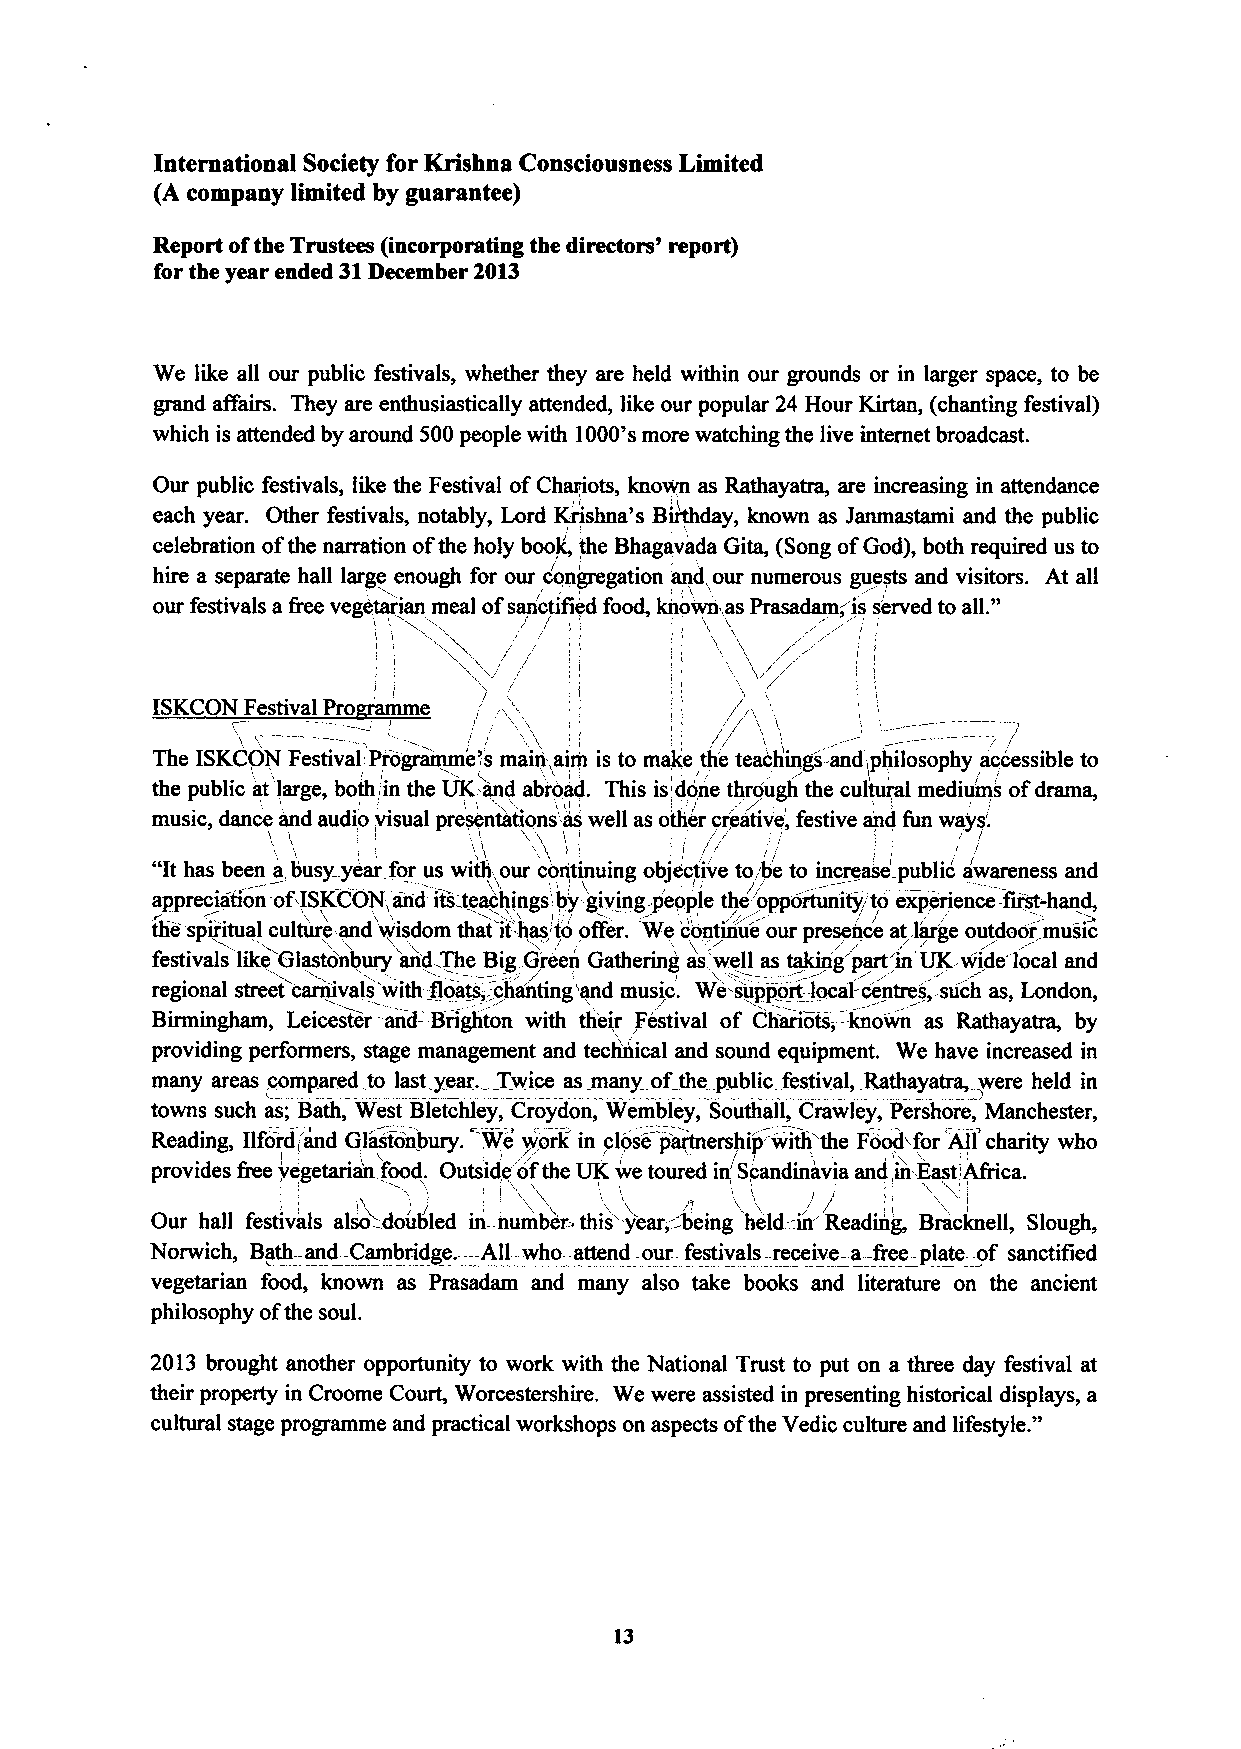
International Society for Krishna Consciousness Limited
 (A company limited by guarantee)
 Report ofthe Trustees (incorporating the directors' report)
 for the year ended 31December 2013
 We like all our public festivals, whether they are held within our grounds or in larger space, to be
 grand affairs. They are enthusiastically attended, like our popular 24 Hour Kirtan, (chanting festival)
 which is attended by around 500people with 1000'smore watching the live internet broadcast.
 Our public festivals, like the Festival ofChariots, known as Rathayatra, are increasing in attendance
 II
 each year. Other festivals, notably, Lord Krishna's Birthday, known as Janmastami and the public
 celebration ofthe narration ofthe holy book/, the Bhagavada Gita, (Song ofGod), both required us to
 /
 hire a separate hall large enough for our congregation and,our numerous guests and visitors. At all
 "
 our festivals a &eevegetarian meal ofsan'ctiflied food, known as Prasadam~is served to all.
 i i
 /                    /
 ISKCON Festival Pro e
 \                                /
 The ISKCON Festival'Programme"s main&aim is to make th'e teachings-and ~philosophy accessible to
 the public at large, both;in the UK and abroad. This is~done through the cultural mediums/ ofdrama,
 /
 music, dance and audio visual presentations'as well as other creative, festive and fun ways.
 I/
 ', l
 "It
 has been a,busy year for us with&our continuing object'ive to,be to increase public awareness and
 appreciation-of ISKCON and its teachings', by giving. p/eople the opportunity'to experience-fir'st-hand,
 t/ lie spiritual culture and w'isdom that it-'has'to offer. We', 'cdoIntin.~ ui' e&w' our presen/ ce/ at,la/ rge outdoor music
 festivals like Glastonbury an'd The Big.G'reen Gathering as,'well as taking'part'in' UK-wide local and
 regional street carnivals'with-floats, ':chanting'and music. We suppoit-local-centres, -such as, London,
 Birmingham, Leicester-and:-Brighton with their Festival of Chariots-, --known as Rathayatra, by
 providing performers, stage management and technical and sound equipment. We have increased in
 many areas compared to last year. Twice as many ofthe public festival, Rathayatra, were held in
 towns such as; Bath, West Bletchley, Croydon, Wembley, Southall, Crawley, Pershore, Manchester,
 Reading, Ilford~'and Glastonbury. We work in close partnership with the Fo'oChfor All charity who
 '- i
 provides &eevegetarian. food. Outside ofthe UK w/ e toured in' Scandinavia and in East!Africa.
 Our hall festivals also doubled in.number-this -year; being held=in Reading-, Bracknell, Slough,
 Norwich, Bath-and Cambridge. All who-attend our-festivals receive-a- free-plate- of sanctified
 vegetarian food, known as Prasadam and many also take books and literature on the ancient
 philosophy ofthe soul.
 2013 brought another opportunity to work with the National Trust to put on a three day festival at
 their property in Croome Court, Worcestershire. We were assisted in presenting historical displays, a
 "
 cultural stage programme and practical workshops on aspects ofthe Vedic culture and lifestyle.
 13